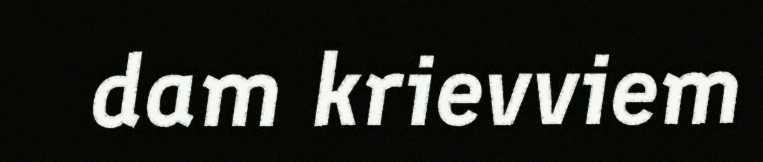
dam krievviem